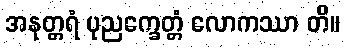
အနုတ္တရံ ပုညက္ခေတ္တံ လောကဿာ တိ။